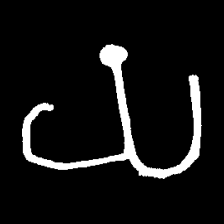
Pyu character \u2014 Myanmar letter: ယ (romanized: ya)